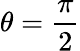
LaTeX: \theta=\frac{\pi}{2}